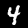
Digit: 4